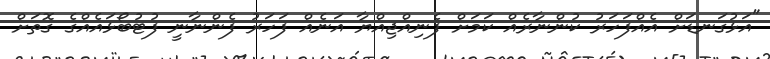
"އަޅުގަނޑަށް އެއްފަހަރު ކުންނާރެއް ކަމަށް ފެނިއްޖިއްޔާ އަނެއް ފަހަރު ފެންނާނީ ފުޓުބޯޅައެއްގެ ގޮތަށް